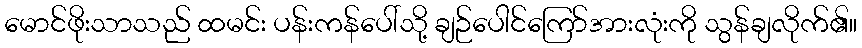
မောင်ဖိုးသာသည် ထမင်း ပန်းကန်ပေါ်သို့ ချဉ်ပေါင်ကြော်အားလုံးကို သွန်ချလိုက်၏။